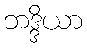
ဘဒ္ဒိယာ